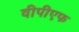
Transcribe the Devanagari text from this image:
वीपीएफ